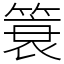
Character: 簑